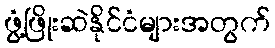
ဖွံ့ဖြိုးဆဲနိုင်ငံများအတွက်